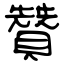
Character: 贊